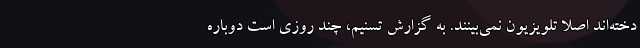
دخته‌اند اصلا تلویزیون نمی‌بینند. به گزارش تسنیم، چند روزی است دوباره